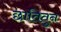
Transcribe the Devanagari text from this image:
छातितुन